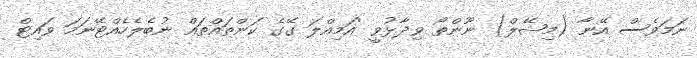
ނަމަވެސް އޭނާ (މިޝޭލް) ނޫންތޯ ވިދާޅުވީ 'އަމިއްލަ ގޭގެ ކަންތައްތައް ނުބެލެހެއްޓޭނަމަ ވައިޓް